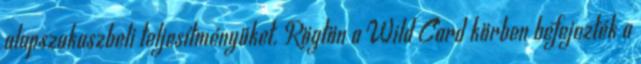
alapszakaszbeli teljesítményüket. Rögtön a Wild Card körben befejezték a